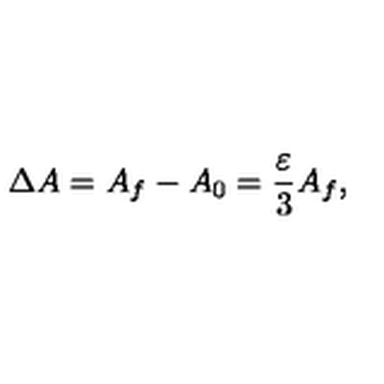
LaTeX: \Delta A = A _ { f } - A _ { 0 } = \frac { \varepsilon } { 3 } A _ { f } ,